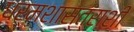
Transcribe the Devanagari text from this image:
धर्मशास्त्राशीं